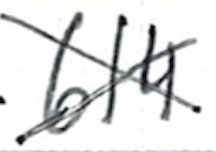
Text: 614
Cross-out: mix
Writing tool: ballpoint